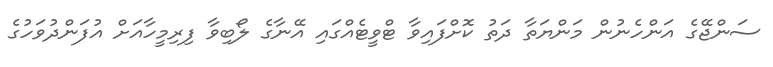
ސަންޖޭގެ އަންހެނުން މަންޔަތާ ދަތު ކޮށްފައިވާ ޓްވީޓެއްގައި އޭނާގެ ލޯބިވާ ފިރިމީހާއަށް އުފަންދުވަހުގެ